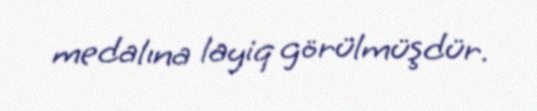
medalına layiq görülmüşdür.